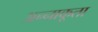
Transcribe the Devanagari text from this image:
अन्‍नाकूता